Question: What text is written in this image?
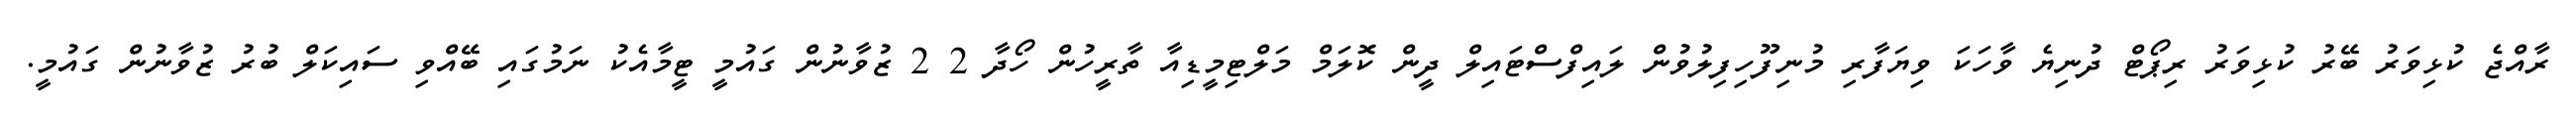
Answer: ރާއްޖެ ކުޅިވަރު ބޭރު ކުޅިވަރު ރިޕޯޓް ދުނިޔެ ވާހަކަ ވިޔަފާރި މުނިފޫހިފިލުވުން ލައިފްސްޓައިލް ދީން ކޮލަމް މަލްޓިމީޑިއާ ތާރީހުން ހޯދާ 2 2 ޒުވާނުން ގައުމީ ޓީމާއެކު ނަމުގައި ބޭއްވި ސައިކަލް ބުރު ޒުވާނުން ގައުމީ.